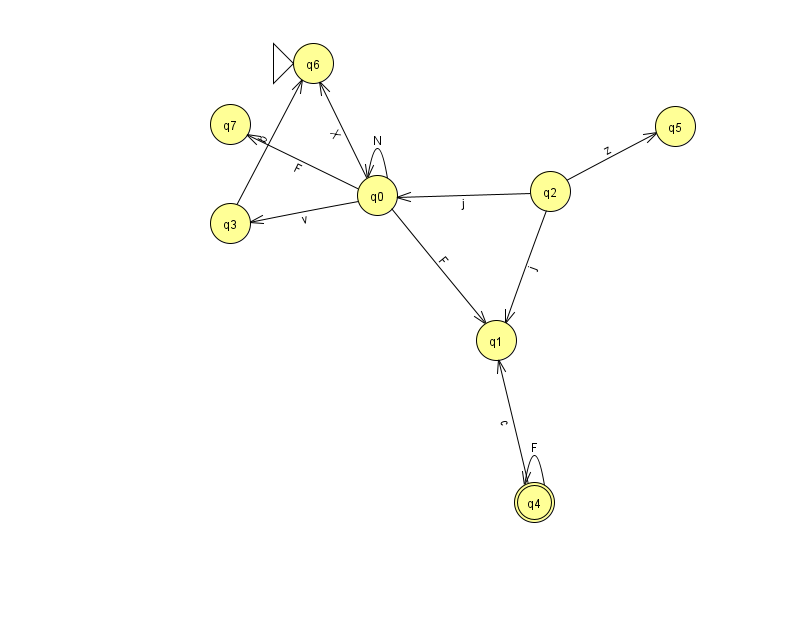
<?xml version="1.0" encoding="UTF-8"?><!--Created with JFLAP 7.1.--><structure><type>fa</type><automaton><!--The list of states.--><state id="0" name="q0"><x>377.0</x><y>182.0</y></state><state id="1" name="q1"><x>496.0</x><y>327.0</y></state><state id="2" name="q2"><x>550.0</x><y>178.0</y></state><state id="3" name="q3"><x>230.0</x><y>210.0</y></state><state id="4" name="q4"><x>534.0</x><y>489.0</y><final/></state><state id="5" name="q5"><x>675.0</x><y>113.0</y></state><state id="6" name="q6"><x>313.0</x><y>50.0</y><initial/></state><state id="7" name="q7"><x>230.0</x><y>111.0</y></state><!--The list of transitions.--><transition><from>0</from><to>1</to><read>F</read></transition><transition><from>0</from><to>3</to><read>v</read></transition><transition><from>0</from><to>7</to><read>F</read></transition><transition><from>2</from><to>0</to><read>j</read></transition><transition><from>3</from><to>6</to><read>b</read></transition><transition><from>2</from><to>1</to><read>j</read></transition><transition><from>2</from><to>5</to><read>z</read></transition><transition><from>4</from><to>4</to><read>F</read></transition><transition><from>4</from><to>1</to><read>c</read></transition><transition><from>0</from><to>0</to><read>N</read></transition><transition><from>0</from><to>6</to><read>X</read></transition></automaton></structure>